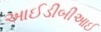
આઈડીબીઆઈ